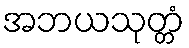
အဘယသုတ္တံ